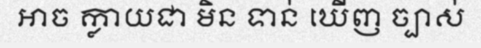
អាច ក្លាយជា មិន ទាន់ ឃើញ ច្បាស់